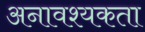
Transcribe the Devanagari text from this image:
अनावश्यकता